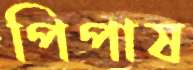
পিপাষ